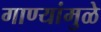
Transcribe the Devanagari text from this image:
गाण्यांमुळे